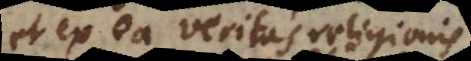
et ex ea veritas religionis